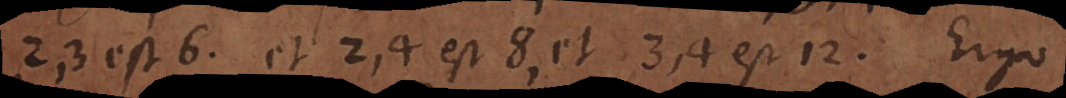
2, 3 est 6. et 2, 4 est 8, et 3, 4 est 12. Ergo